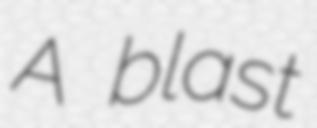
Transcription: A blast